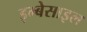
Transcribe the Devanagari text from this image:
इम्बेसाइल